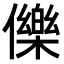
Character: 𭀅